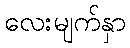
လေးမျက်နှာ